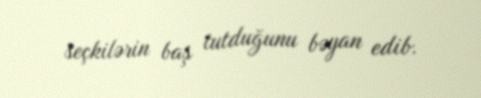
seçkilərin baş tutduğunu bəyan edib.